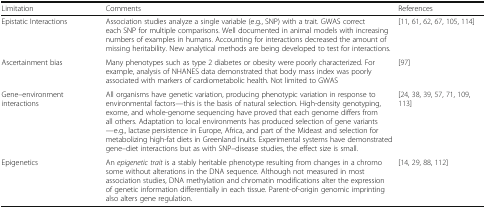
| Limitation | Comments | References |
 | --- | --- | --- |
 | Epistatic Interactions | Association studies analyze a single variable (e.g., SNP) with a trait. GWAS correct each SNP for multiple comparisons. Well documented in animal models with increasing numbers of examples in humans. Accounting for interactions decreased the amount of missing heritability. New analytical methods are being developed to test for interactions. | [11, 61, 62, 67, 105, 114] |
 | Ascertainment bias | Many phenotypes such as type 2 diabetes or obesity were poorly characterized. For example, analysis of NHANES data demonstrated that body mass index was poorly associated with markers of cardiometabolic health. Not limited to GWAS | [97] |
 | Gene–environment interactions | All organisms have genetic variation, producing phenotypic variation in response to environmental factors—this is the basis of natural selection. High-density genotyping, exome, and whole-genome sequencing have proved that each genome differs from all others. Adaptation to local environments has produced selection of gene variants—e.g., lactase persistence in Europe, Africa, and part of the Mideast and selection for metabolizing high-fat diets in Greenland Inuits. Experimental systems have demonstrated gene–diet interactions but as with SNP–disease studies, the effect size is small. | [24, 38, 39, 57, 71, 109, 113] |
 | Epigenetics | An epigenetic trait is a stably heritable phenotype resulting from changes in a chromosome without alterations in the DNA sequence. Although not measured in most association studies, DNA methylation and chromatin modifications alter the expression of genetic information differentially in each tissue. Parent-of-origin genomic imprinting also alters gene regulation. | [14, 29, 88, 112] |